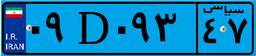
۲۷D۷۵۲۳۱